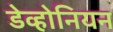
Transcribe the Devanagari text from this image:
डेव्होनियन